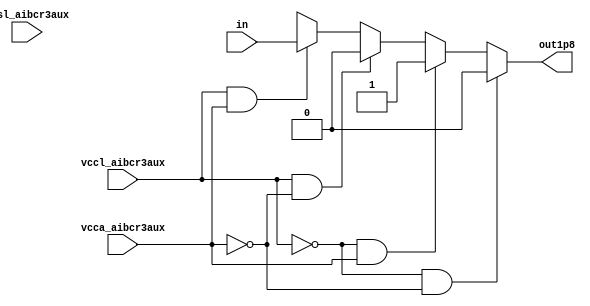
// This program was cloned from: https://github.com/chipsalliance/aib-phy-hardware
// License: Apache License 2.0

// SPDX-License-Identifier: Apache-2.0
// Copyright (C) 2019 Intel Corporation. 


module aibcr3aux_lvshift_1p8 ( out1p8, vccl_aibcr3aux, vcca_aibcr3aux, vssl_aibcr3aux, in);

output  out1p8;

input  vccl_aibcr3aux, vcca_aibcr3aux, vssl_aibcr3aux;

input  in;
reg out1p8;
//wire NET58 , in_shift , in_shiftb , inb , in_sw , NET59 ;
//no vccl_aibcr3aux, vcca_aibcr3aux and vssl_aibcr3aux tracking as of now.
always @ (in, vccl_aibcr3aux, vcca_aibcr3aux)
begin
	if (vccl_aibcr3aux == 1'b0 && vcca_aibcr3aux == 1'b0) 
	begin
		out1p8 = 1'b0;		
	end
	else if (vccl_aibcr3aux == 1'b0 && vcca_aibcr3aux == 1'b1)
	begin
		out1p8 = 1'b1;
	end
	else if (vccl_aibcr3aux == 1'b1 && vcca_aibcr3aux == 1'b0)
	begin
		out1p8 = 1'b0;
	end
	else if (vccl_aibcr3aux == 1'b1 && vcca_aibcr3aux == 1'b1)
	begin
		out1p8 = in;
	end
	else
	begin
		out1p8 = 1'bx;
	end	
end
endmodule